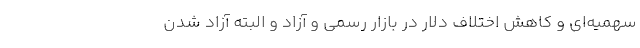
سهمیه‌ای و کاهش اختلاف دلار در بازار رسمی و آزاد و البته آزاد شدن